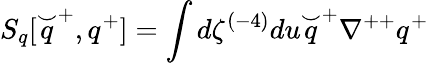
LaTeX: S_{q}[\stackrel{\smile}{q}^{+},q^{+}]=\int d\zeta^{(-4)}du\stackrel{\smile}{q}^{+}\nabla^{++}q^{+}